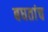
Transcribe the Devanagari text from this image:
बघतांच